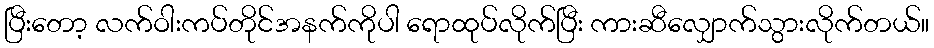
ပြီးတော့ လက်ဝါးကပ်တိုင်အနက်ကိုပါ ရောထုပ်လိုက်ပြီး ကားဆီလျှောက်သွားလိုက်တယ်။